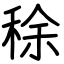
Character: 稌